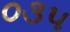
૦૩૫